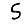
Digit: 5